Civil Veterinary Dept. Assam report 1911-1927 - 1911-1927
Year: 1911
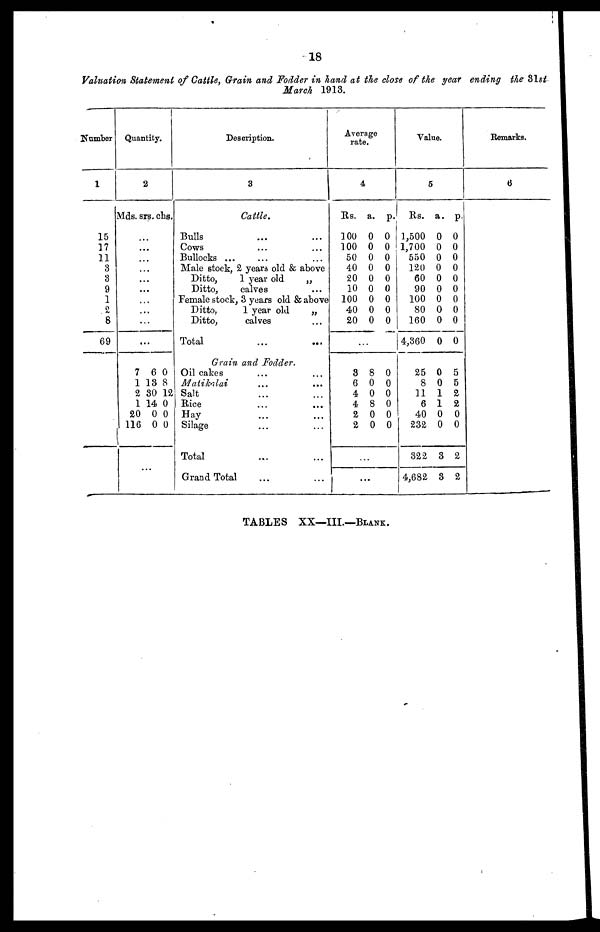
18
Valuation Statement of Cattle, Grain and Fodder in hand at the close of the year ending the 31st
March 1913.
Number
1
15
17
11
3
3
9
1
2
8
69
Quantity.
2
Mds. srs. chs.
…
…
…
…
…
…
…
…
…
...
7 6 0
1 13 8
2 30 12
1 14 0
20 0 0
116 0 0
Description.
3
Cattle.
Bulls … …
Cows … …
Bullocks ... … …
Male stock, 2 years old & above
Ditto,
1 year old
„
Ditto,
calves …
Female stock, 3 years old & above
Ditto,
1 year old
„
Ditto,
calves…
Total
...
...
Grain and Fodder.
Oil cakes… …
Matikalai ... ...
Salt… …
Rice … …
Hay… …
Silage … …
Total … …
Grand Total… …
Average
rate.
4
Rs.
100
100
50
40
20
10
100
40
20
..
3
6
4
4
2
2
…
...
a.
0
0
0
0
0
0
0
0
0
.
8
0
0
8
0
0
p.
0
0
0
0
0
0
0
0
0
0
0
0
0
0
0
Value.
5
Rs.
1,500
1,700
550
120
60
90
100
80
160
4,360
25
8
11
6
40
232
322
4,682
a.
0
0
0
0
0
0
0
0
0
0
0
0
1
1
0
0
3
3
p.
0
0
0
0
0
0
0
0
0
0
5
5
2
2
0
0
2
2
Remarks.
6
TABLES XX—IIL—BLANK.